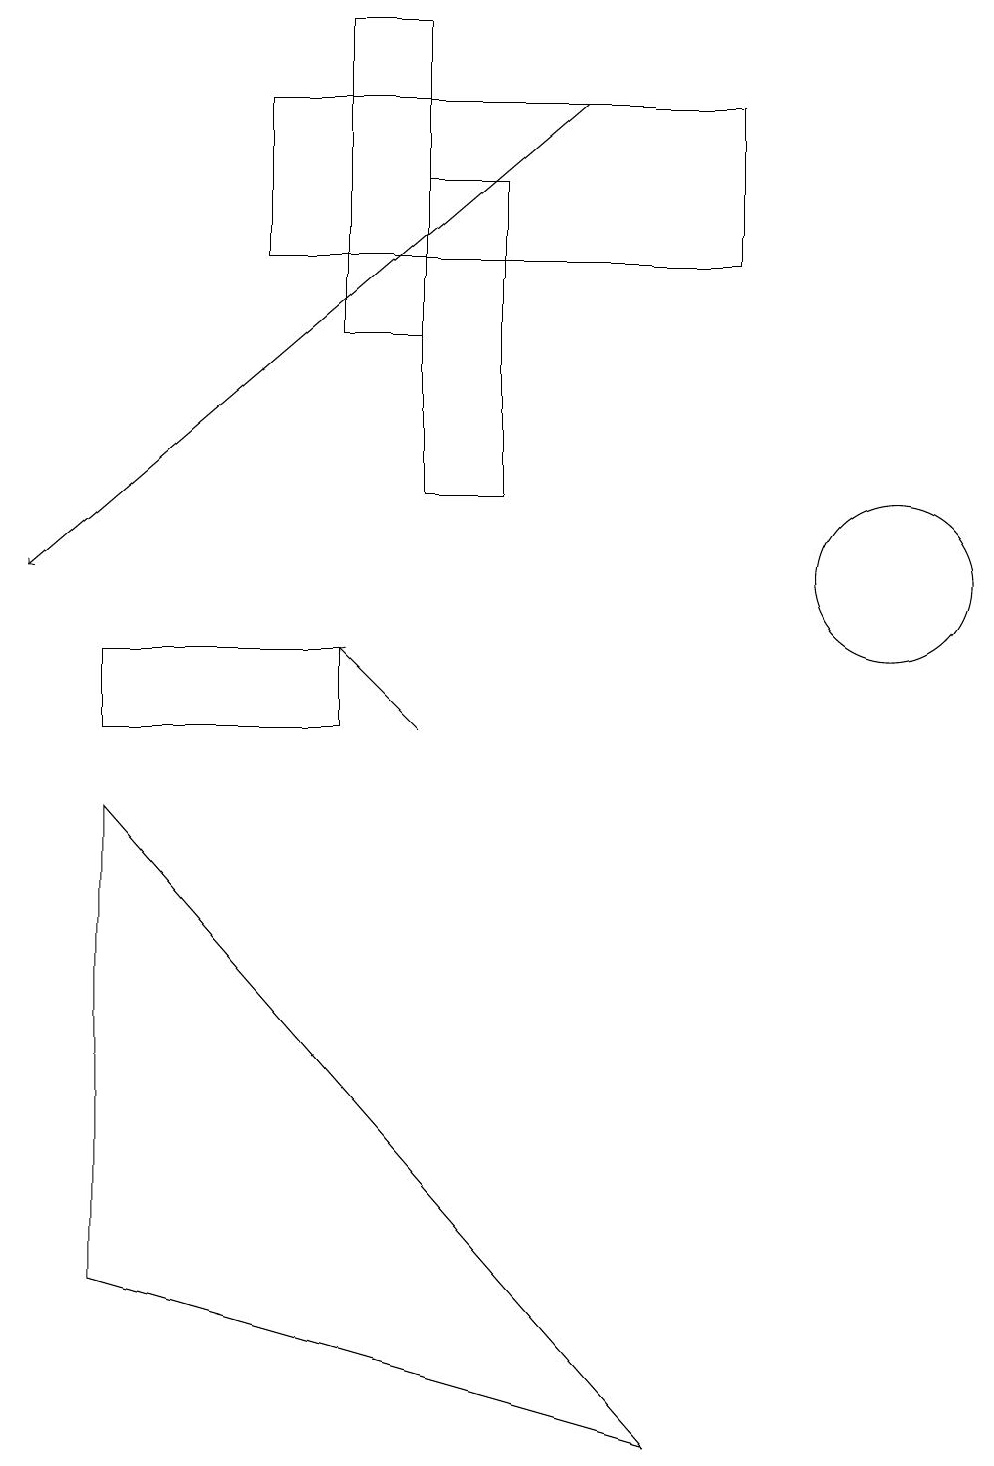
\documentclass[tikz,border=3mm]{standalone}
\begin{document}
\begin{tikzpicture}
\draw (5,19) rectangle (4,15);
\draw (6,13) rectangle (5,17);
\draw (1,10) rectangle (4,11);
\draw (11,12) circle (1);
\draw (1,9) -- (8,1) -- (1,3) -- cycle;
\draw[->] (7,18) -- (0,12);
\draw[->] (5,10) -- (4,11);
\draw (9,18) rectangle (3,16);
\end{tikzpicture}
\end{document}